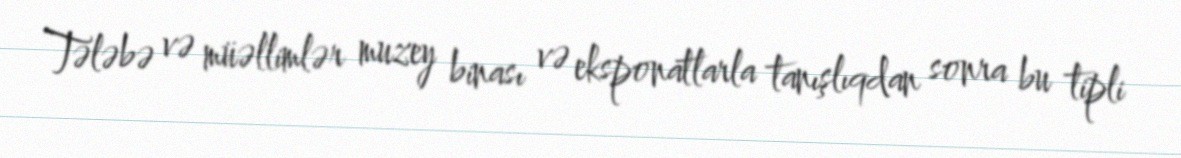
Tələbə və müəllimlər muzey binası və eksponatlarla tanışlıqdan sonra bu tipli